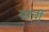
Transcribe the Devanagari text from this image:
रुमची